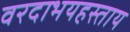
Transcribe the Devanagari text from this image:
वरदाभयहस्ताय